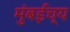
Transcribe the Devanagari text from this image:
मुंबईच्य